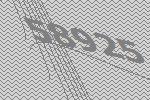
58925